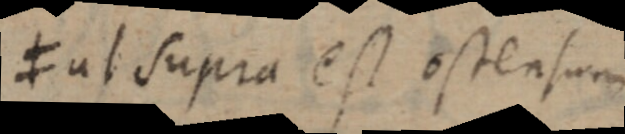
≠ ut supra est ostensum